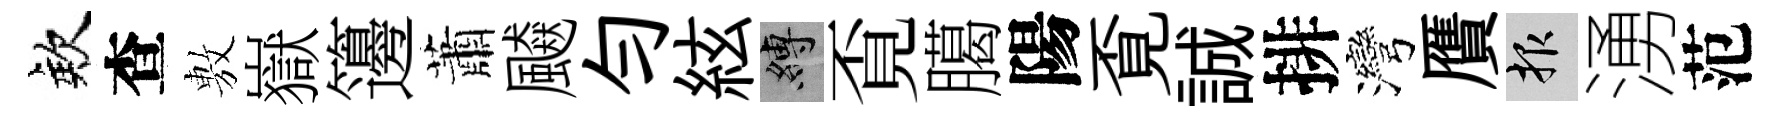
欸查𢾾嶽籩蕭飇勻絃縛覔臈陽覔誠排灣贋報湧范